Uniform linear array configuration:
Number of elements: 64
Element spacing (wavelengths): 1
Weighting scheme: blackman
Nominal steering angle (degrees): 30
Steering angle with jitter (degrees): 28.725
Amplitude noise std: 0.05
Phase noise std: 0.05

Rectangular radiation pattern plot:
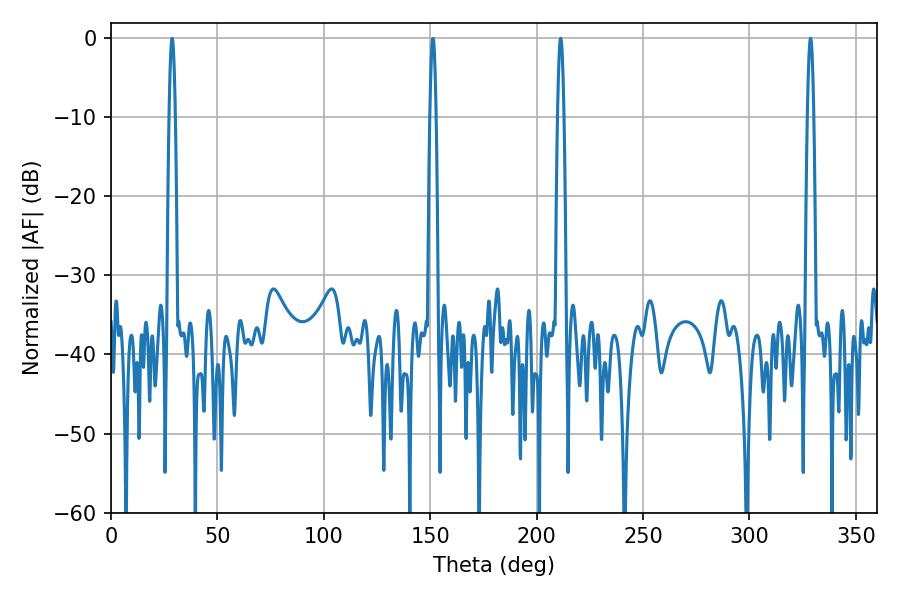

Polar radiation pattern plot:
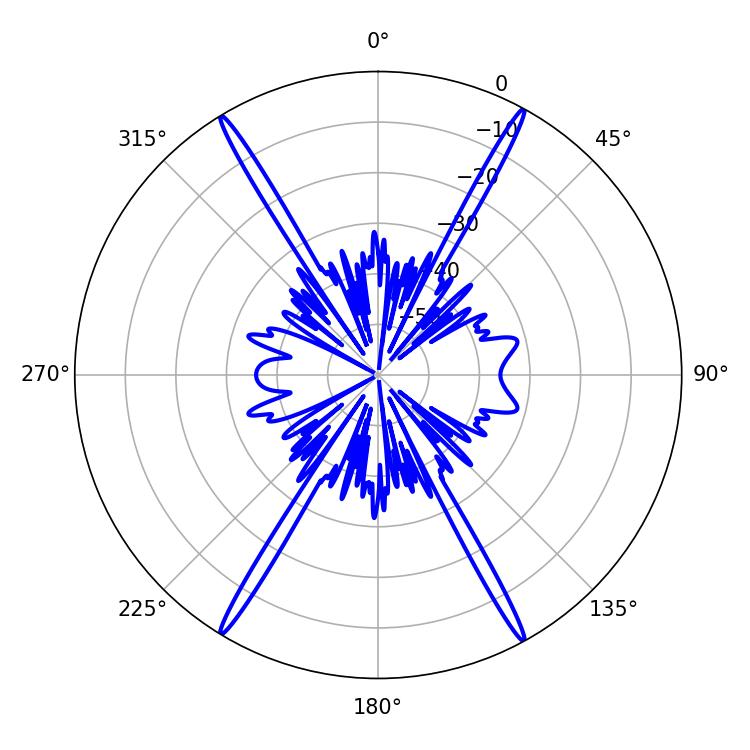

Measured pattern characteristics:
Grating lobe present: TRUE
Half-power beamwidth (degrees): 1.44
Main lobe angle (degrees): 328.68